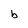
Character: b